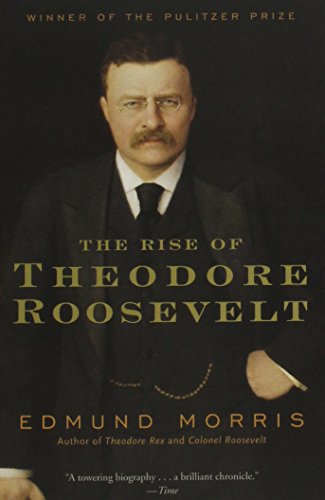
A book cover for The Rise of Theodore Roosevelt (Modern Library Paperbacks); Edmund Morris; Biographies & Memoirs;